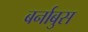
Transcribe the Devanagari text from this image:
बर्नाबुस